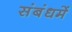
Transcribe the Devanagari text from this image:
संबंधमें